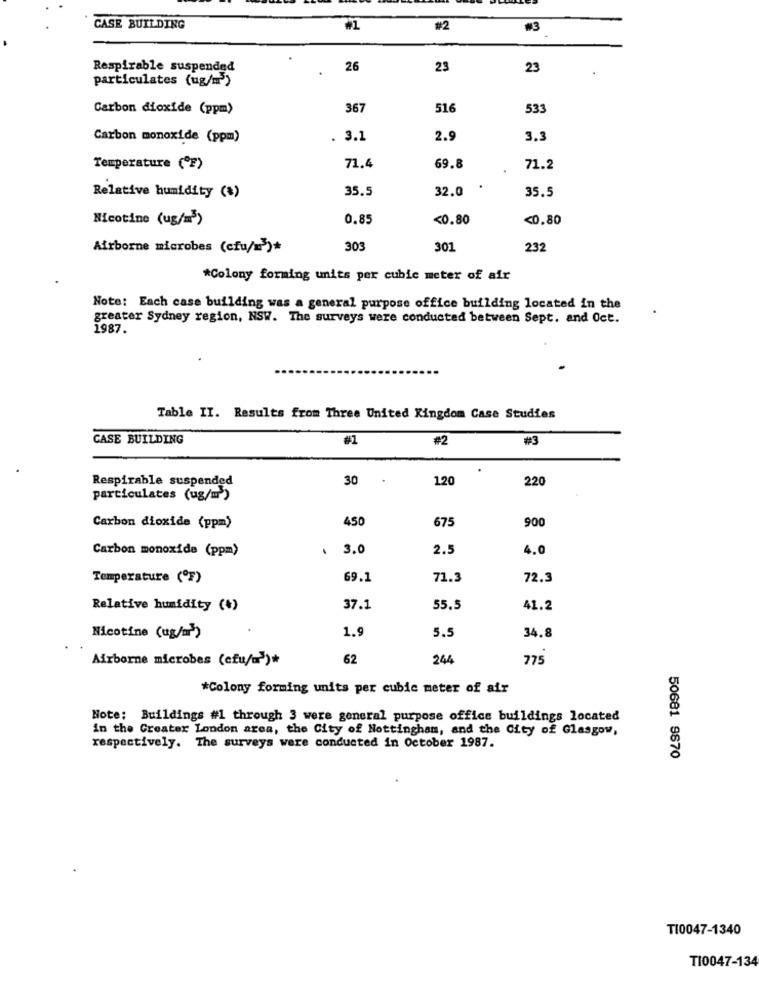
CASE BUILDING
#1
#2
#3
Respirable suspended
26
23
23
particulates (ug/m')
Carbon dioxide (ppm)
367
51
533
Carbon monoxide (ppm)
3.1
2.
3.3
Temperature ("F)
71.4
69.8
71.2
35.5
32.0
.
35.5
Relative humidity (%)
Nicotine (ug/m5)
0.85
<0.80
<0.80
Airborne microbes (cfu/=")*
303
301
23
*Colony forming units per cubic meter of air
Note: Each case building was a general purpose office building located in the
greater Sydney region, NSW. The surveys were conducted between Sept. and Oct.
1987.
Table II. Results from Three United Kingdom Case Studies
CASE BUILDING
#1
#2
#3
Respirable suspended
30
.
120
220
particulates (ug/m')
450
675
900
Carbon dioxide (ppm)
Carbon monoxide (ppm)
.
3.0
2.5
4.0
Temperature (ºF)
69.1
71.3
72.3
Relative humidity (+)
37.1
55.5
41.2
34.8
Nicotine (ug/m")
1.9
5.5
Airborne microbes (cfu/a>)*
62
244
775
*Colony forming units per cubic meter of air
Note: Buildings #1 through 3 were general purpose office buildings located
in the Greater London area, the City of Nottingham, and the City of Glasgow,
respectively. The surveys were conducted in October 1987.
50681 9670
TI0047-1340
TI0047-134